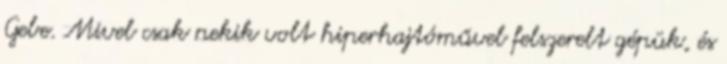
Gebe. Mivel csak nekik volt hiperhajtóművel felszerelt gépük, és